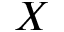
X